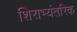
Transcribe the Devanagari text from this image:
शिराभ्यंतरिक